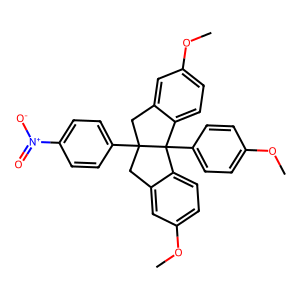
SMILES: COc1ccc(C23c4ccc(OC)cc4CC2(c2ccc([N+](=O)[O-])cc2)Cc2cc(OC)ccc23)cc1
Inhibits HIV replication: No